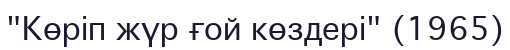
"Көріп жүр ғой көздері" (1965)